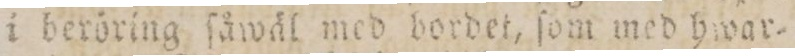
i beröring ſåwäl med bordet, ſom med hwar=